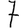
Digit: 7